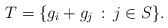
\begin{align*}T=\{g_i+g_j\,:\,j\in S\}.\end{align*}